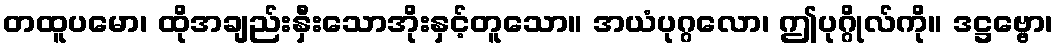
တထူပမော၊ ထိုအချည်းနှီးသောအိုးနှင့်တူသော။ အယံပုဂ္ဂလော၊ ဤပုဂ္ဂိုလ်ကို။ ဒဋ္ဌဗ္ဗော၊